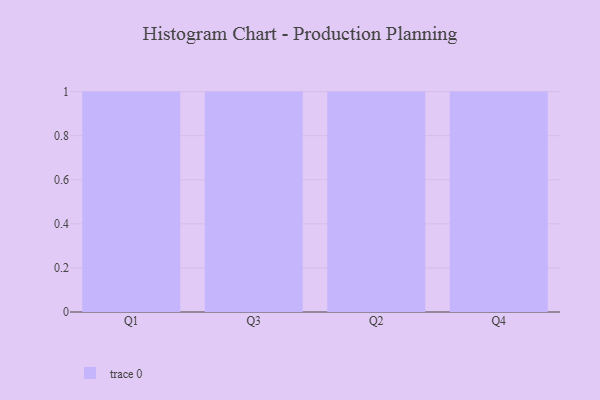
{"axis": {"x": "Quarter", "y": "Headcount"}, "legend": [""], "data": [{"x": "Q1", "y": 24, "type": ""}, {"x": "Q3", "y": 41, "type": ""}, {"x": "Q2", "y": 95, "type": ""}, {"x": "Q4", "y": 9, "type": ""}]}